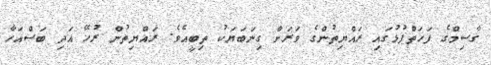
ގާސިމްގެ ފަހަތްޕުޅުގައި ރައްޔިތުންގެ ވަރަށް ގިނަބަޔަކު ތިބީއެވެ. ރައްޔިތުން ރުހޭ އަދި ބަސްއަހާ